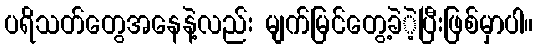
ပရိသတ်တွေအနေနဲ့လည်း မျက်မြင်တွေ့ခဲဲ့ပြီးဖြစ်မှာပါ။